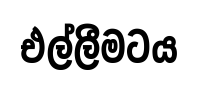
එල්ලීමටය